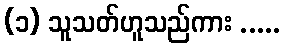
(၁) သူသတ်ဟူသည်ကား .....